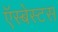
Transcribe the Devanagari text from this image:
ऍस्बेस्टस